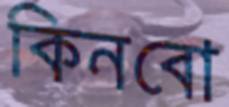
কিনবো